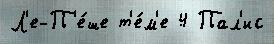
Л'е-П'е́ше т'е́м'е 4 Пал'ис